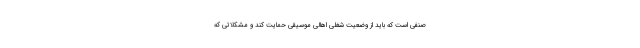
صنفی است که باید از وضعیت شغلی اهالی موسیقی حمایت کند و مشکلاتی که